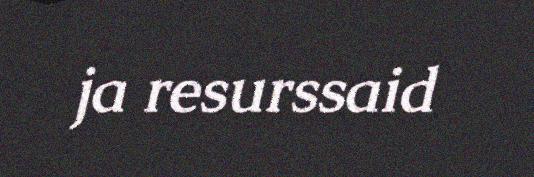
ja resurssaid